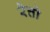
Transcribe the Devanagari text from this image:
रेत्तो